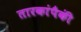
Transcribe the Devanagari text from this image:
तारकांपैकीं